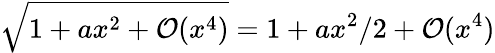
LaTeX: \sqrt{1+ax^{2}+\mathcal O(x^{4})}=1+ax^{2}/2+\mathcal O(x^{4})